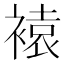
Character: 褤